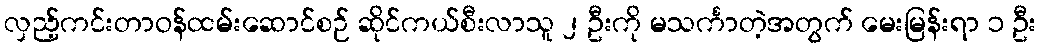
လှည့်ကင်းတာဝန်ထမ်းဆောင်စဉ် ဆိုင်ကယ်စီးလာသူ ၂ ဦးကို မသင်္ကာတဲ့အတွက် မေးမြန်းရာ ၁ ဦး